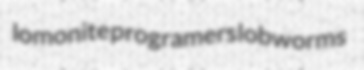
lomonite programers lobworms